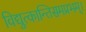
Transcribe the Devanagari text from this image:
विद्युत्कान्तिसमप्रभम्।